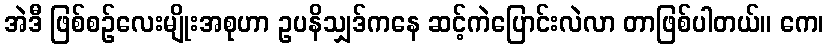
အဲဒီ ဖြစ်စဉ်လေးမျိုးအစုဟာ ဥပနိသျှဒ်ကနေ ဆင့်ကဲပြောင်းလဲလာ တာဖြစ်ပါတယ်။ ကေ၊